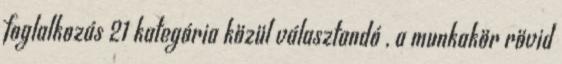
foglalkozás 21 kategória közül választandó , a munkakör rövid